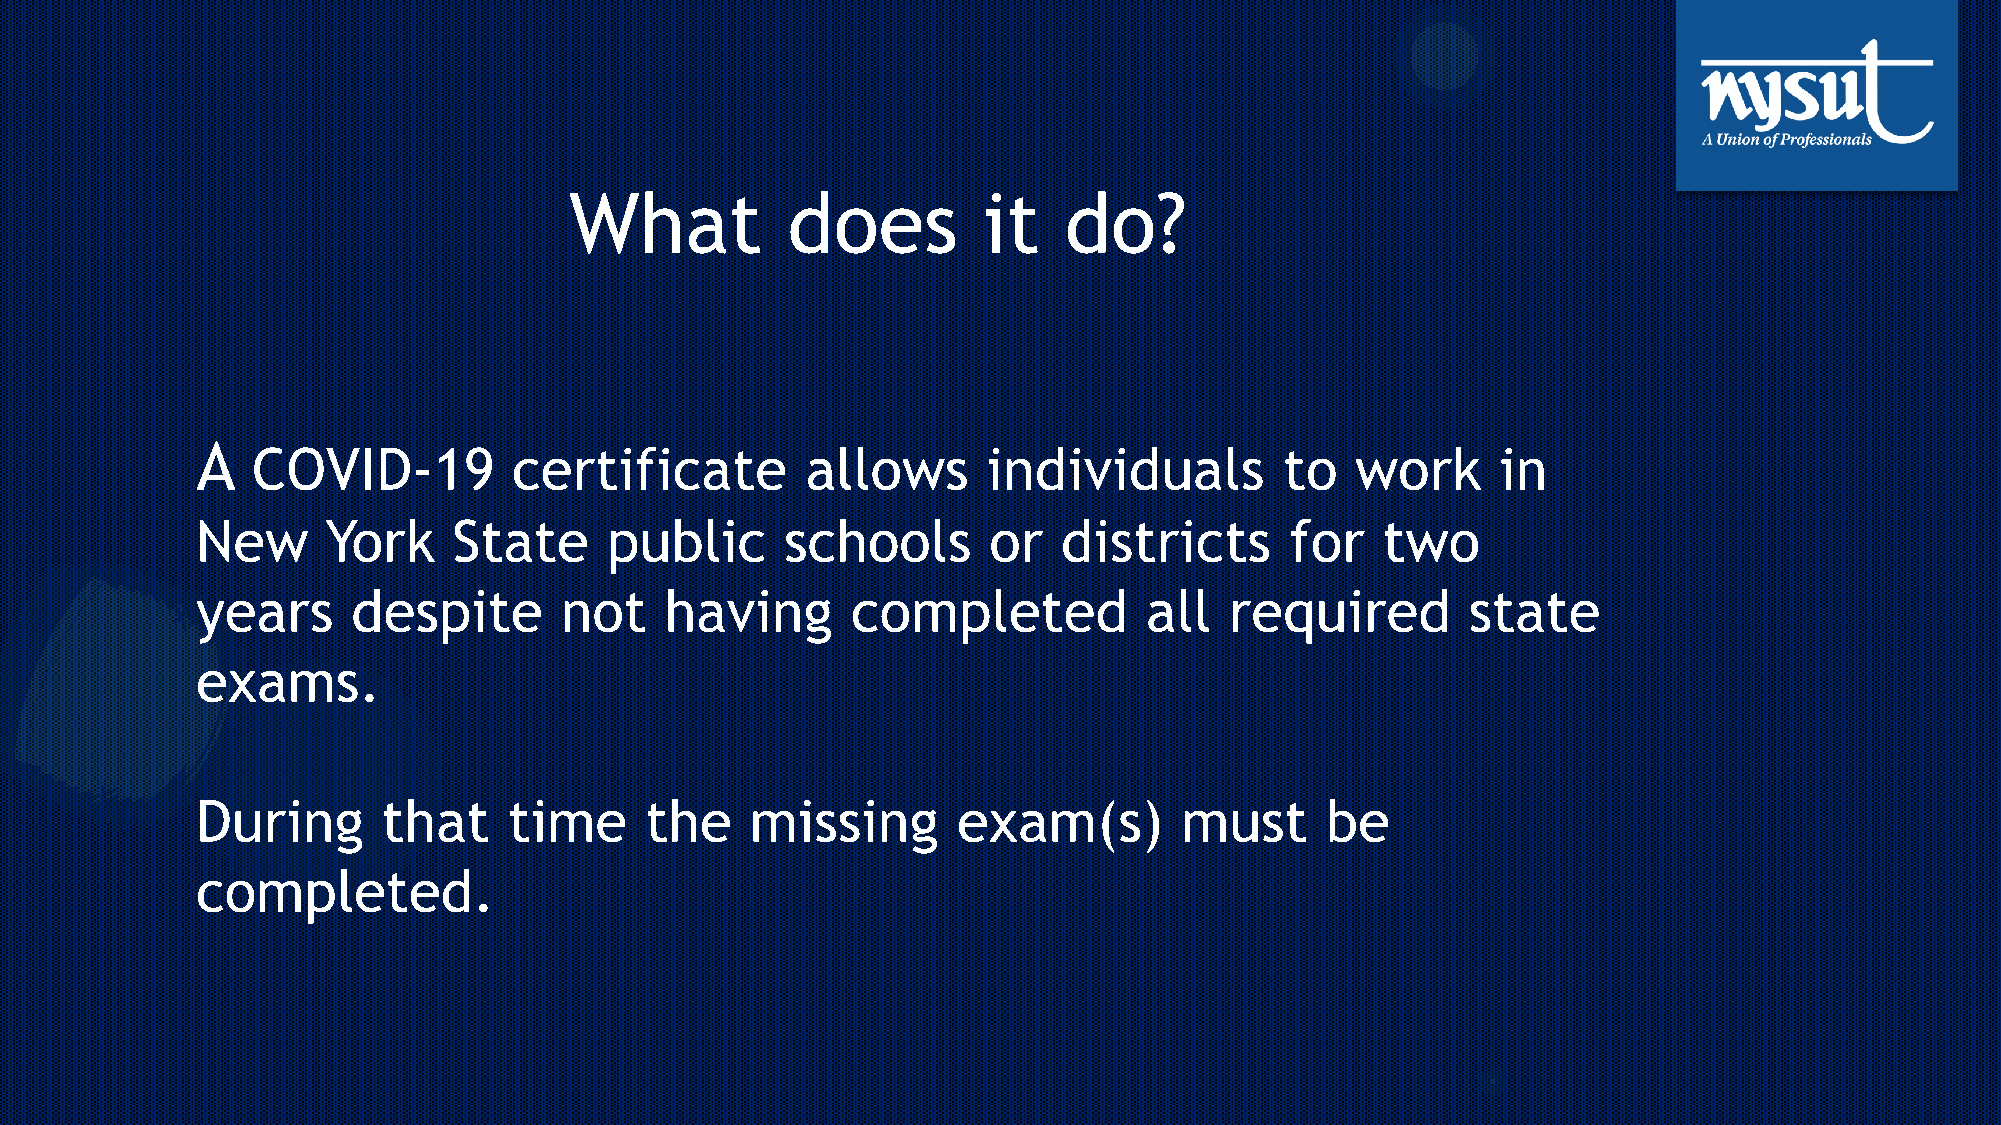
What          does         it   do?
 A
 COVID-19         certificate        allows      individuals         to   work     in
 New      York    State     public      schools      or   districts      for   two
 years     despite       not    having      completed           all  required        state
 exams.
 During      that     time     the    missing      exam(s)        must      be
 completed.